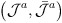
\begin{align*}\left(\mathcal{J}^{a},\bar{\mathcal{J}}^{a}\right)\,\end{align*}